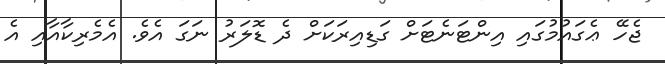
ޖެހޭ ޢެގައުމުގައި އިންޓަނެޓަށް ގަޑިއިރަކަށް ދެ ޑޮލަރު ނަގަ އެވެ. އެމެރިކާއާއި އެ